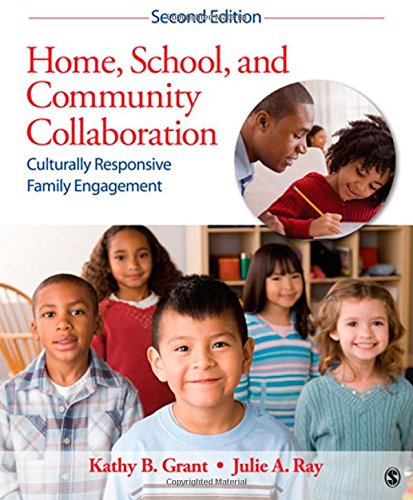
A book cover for Home, School, and Community Collaboration: Culturally Responsive Family Engagement; Kathy Beth Grant; Education & Teaching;